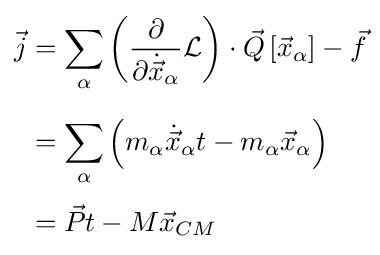
{\begin{aligned}{\vec {j}}&=\sum _{\alpha }\left({\frac {\partial }{\partial {\dot {\vec {x}}}_{\alpha }}}{\mathcal {L}}\right)\cdot {\vec {Q}}\left[{\vec {x}}_{\alpha }\right]-{\vec {f}}\\[6pt]&=\sum _{\alpha }\left(m_{\alpha }{\dot {\vec {x}}}_{\alpha }t-m_{\alpha }{\vec {x}}_{\alpha }\right)\\[3pt]&={\vec {P}}t-M{\vec {x}}_{CM}\end{aligned}}